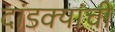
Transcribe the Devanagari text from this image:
दांडक्यांची